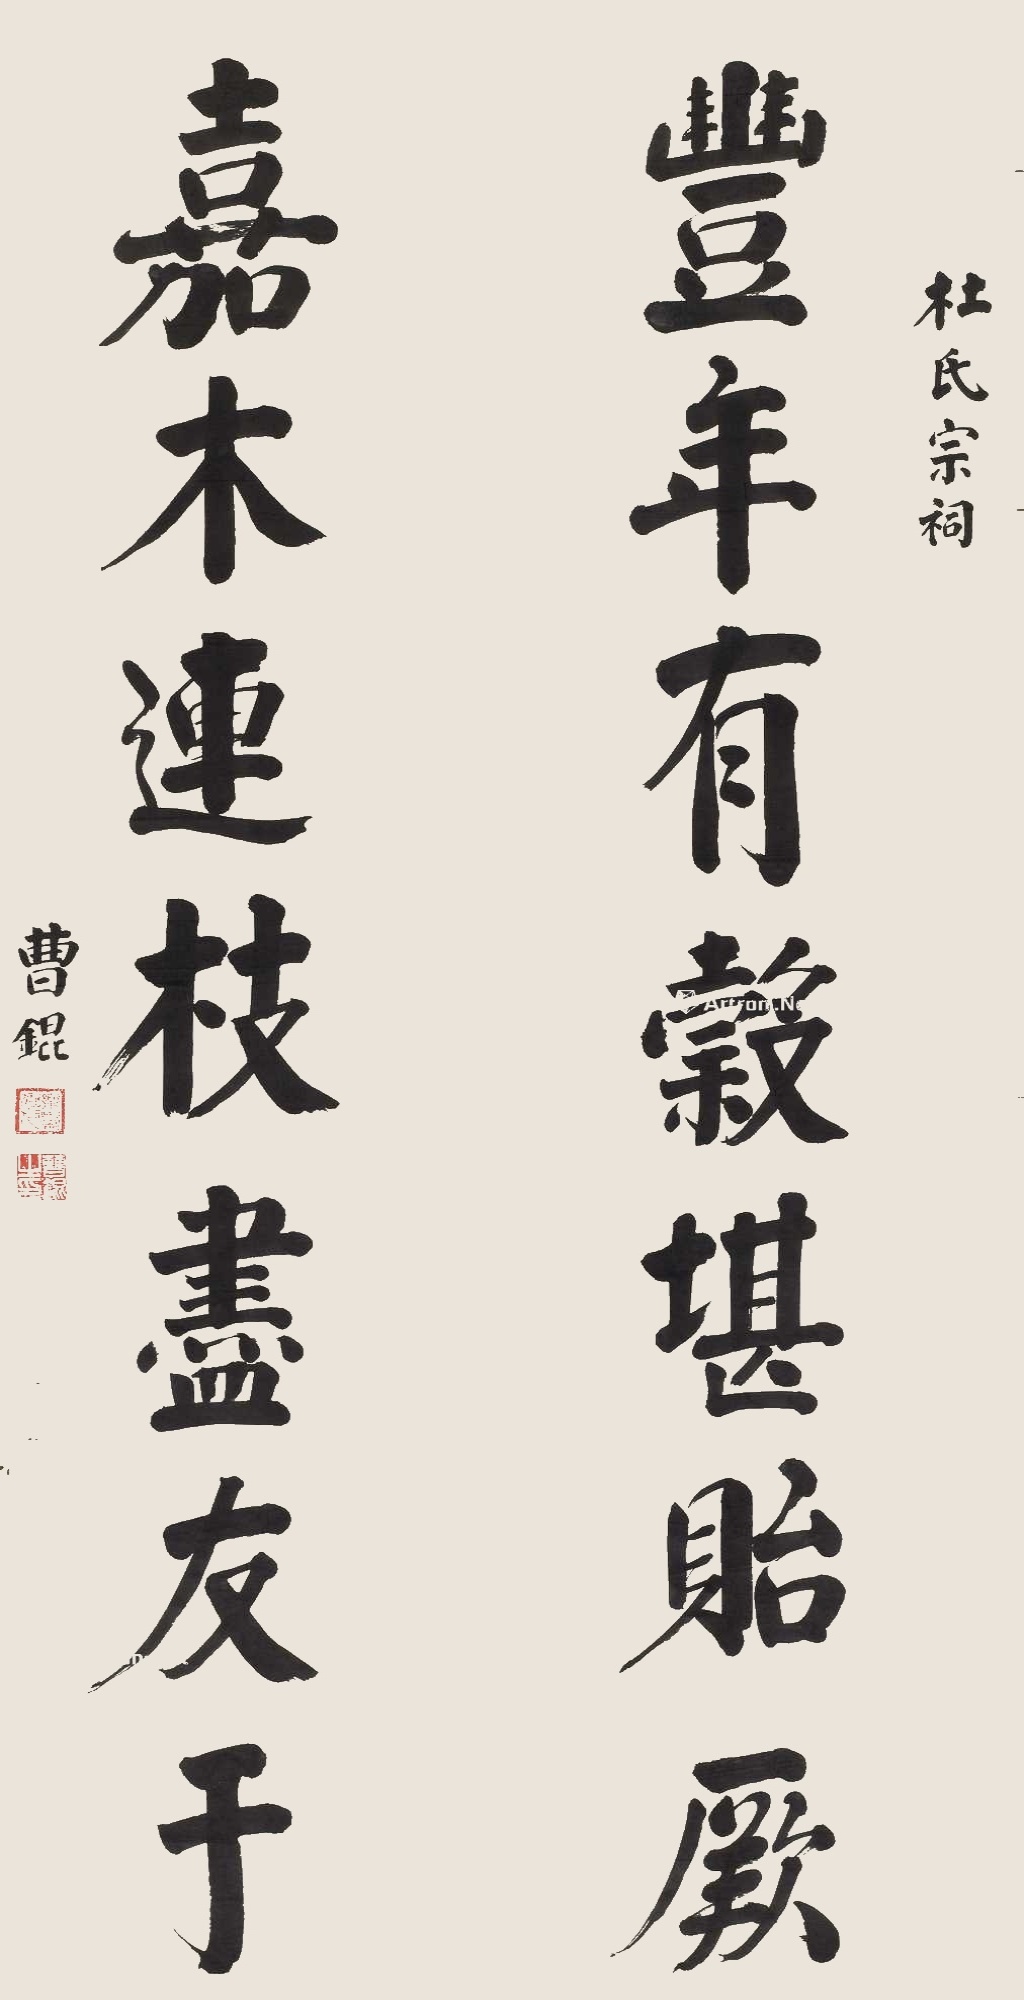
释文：丰年有谷堪贻厥，嘉木连枝尽友于。杜氏宗祠。曹锟。